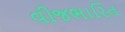
વીજભારિત